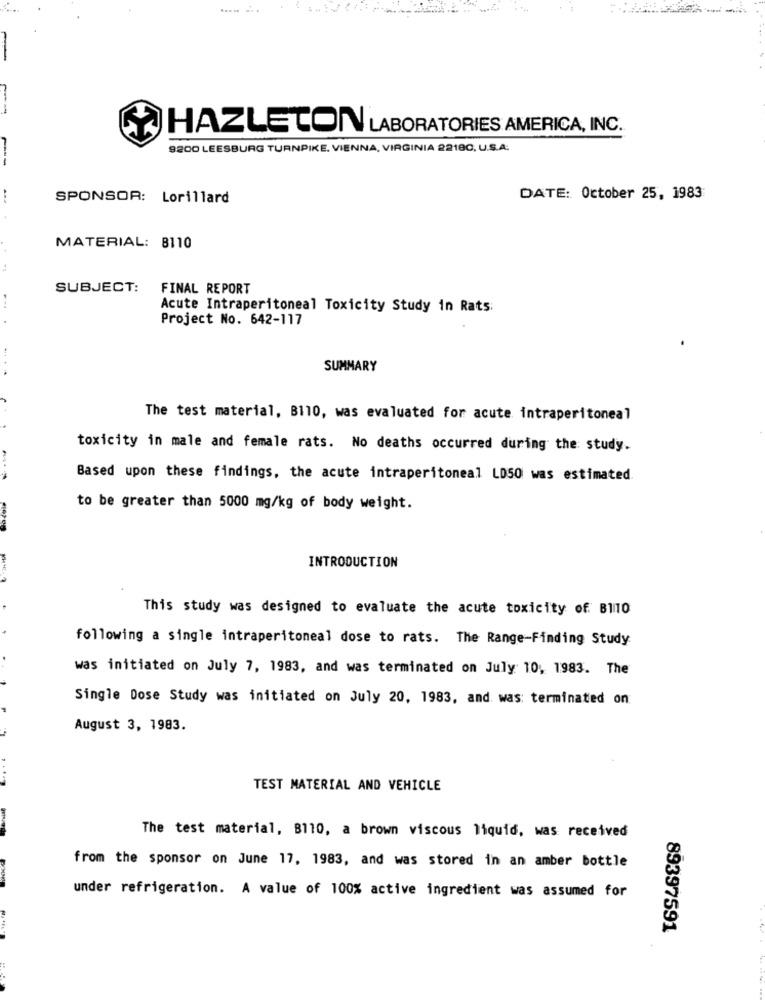
HAZLETON LABORATORIES AMERICA, INC.
9200 LEESBURG TURNPIKE. VIENNA, VIRGINIA 22180, U.S.A.
SPONSOR: Lorillard
DATE: October 25, 1983
MATERIAL: 8110
SUBJECT: FINAL REPORT
Acute Intraperitoneal Toxicity Study in Rats:
Project No. 642-117
SUMMARY
The test material, B110, was evaluated for acute intraperitoneal
toxicity in male and female rats. No deaths occurred during the study.
Based upon these findings, the acute intraperitoneal LD50 was estimated.
to be greater than 5000 mg/kg of body weight.
INTRODUCTION
This study was designed to evaluate the acute toxicity of B110
following a single intraperitoneal dose to rats. The Range-Finding Study:
was initiated on July 7, 1983, and was terminated on July 10, 1983. The
Single Dose Study was initiated on July 20, 1983, and was: terminated on
August 3, 1983.
TEST MATERIAL AND VEHICLE
The test material, B110, a brown viscous liquid, was received
from the sponsor on June 17, 1983, and was stored in an amber bottle
under refrigeration. A value of 100% active ingredient was assumed for
89397591